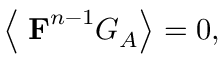
\left\langle \mathrm { { \bf ~ F } } ^ { n - 1 } G _ { A } \right\rangle = 0 ,